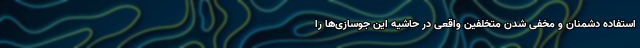
استفاده دشمنان و مخفی شدن متخلفین واقعی در حاشیه این جوسازی‌ها را